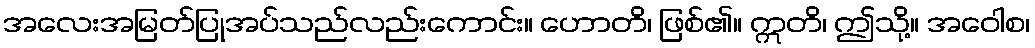
အလေးအမြတ်ပြုအပ်သည်လည်းကောင်း။ ဟောတိ၊ ဖြစ်၏။ ဣတိ၊ ဤသို့။ အဝေါစ၊